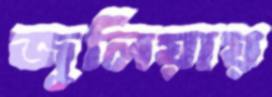
জুলিয়ায়